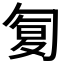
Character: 𠣴